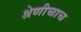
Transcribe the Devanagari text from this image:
श्रेणीचाच